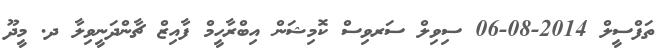
ތަފްސީލް 2014-08-06 ސިވިލް ސަރވިސް ކޮމިޝަން އިބްރާހީމް ފާއިޒް ޗާންދަނީވިލާ ދ. މީދޫ